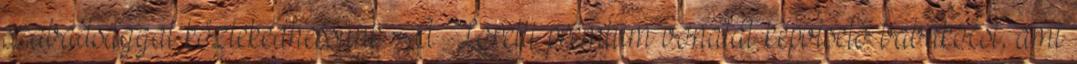
szabadsággal közlekedhessünk A Lorelli prémium vonalát képviselő babakocsi, ami